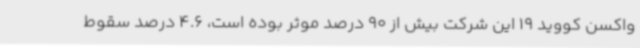
واکسن کووید 19 این شرکت بیش از 90 درصد موثر بوده است، 4.6 درصد سقوط